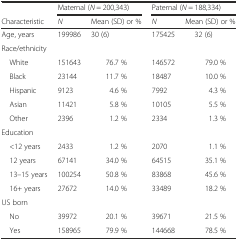
<table><thead><tr><td></td><td colspan="2"><b>Maternal (<i>N</i> = 200,343)</b></td><td colspan="2"><b>Paternal (<i>N</i> = 188,334)</b></td></tr><tr><td><b>Characteristic</b></td><td><b><i>N</i></b></td><td><b>Mean (SD) or %</b></td><td><b><i>N</i></b></td><td><b>Mean (SD) or %</b></td></tr></thead><tbody><tr><td>Age, years</td><td>199986</td><td>30 (6)</td><td>175425</td><td>32 (6)</td></tr><tr><td>Race/ethnicity</td><td></td><td></td><td></td><td></td></tr><tr><td> White</td><td>151643</td><td>76.7 %</td><td>146572</td><td>79.0 %</td></tr><tr><td> Black</td><td>23144</td><td>11.7 %</td><td>18487</td><td>10.0 %</td></tr><tr><td> Hispanic</td><td>9123</td><td>4.6 %</td><td>7992</td><td>4.3 %</td></tr><tr><td> Asian</td><td>11421</td><td>5.8 %</td><td>10105</td><td>5.5 %</td></tr><tr><td> Other</td><td>2396</td><td>1.2 %</td><td>2334</td><td>1.3 %</td></tr><tr><td>Education</td><td></td><td></td><td></td><td></td></tr><tr><td> &lt;12 years</td><td>2433</td><td>1.2 %</td><td>2070</td><td>1.1 %</td></tr><tr><td> 12 years</td><td>67141</td><td>34.0 %</td><td>64515</td><td>35.1 %</td></tr><tr><td> 13–15 years</td><td>100254</td><td>50.8 %</td><td>83868</td><td>45.6 %</td></tr><tr><td> 16+ years</td><td>27672</td><td>14.0 %</td><td>33489</td><td>18.2 %</td></tr><tr><td>US born</td><td></td><td></td><td></td><td></td></tr><tr><td> No</td><td>39972</td><td>20.1 %</td><td>39671</td><td>21.5 %</td></tr><tr><td> Yes</td><td>158965</td><td>79.9 %</td><td>144668</td><td>78.5 %</td></tr></tbody></table>